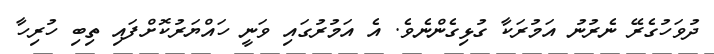
ދުވަހުގެރޭ ނެރުނު އަމުރަކާ ގުޅިގެންނެވެ. އެ އަމުރުގައި ވަނީ ހައްޔަރުކޮށްފައި ތިބި ހުރިހާ